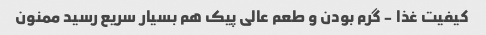
کیفیت غذا - گرم بودن و طعم عالی پیک هم بسیار سریع رسید ممنون